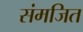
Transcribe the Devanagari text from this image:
संमजित